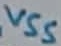
Text: VSS